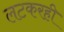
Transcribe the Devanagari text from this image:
लटकरही